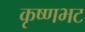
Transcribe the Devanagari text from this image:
कृष्णभट